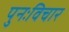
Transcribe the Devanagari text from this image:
पुनःविचार